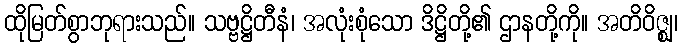
ထိုမြတ်စွာဘုရားသည်။ သဗ္ဗဋ္ဌိတီနံ၊ အလုံးစုံသော ဒိဋ္ဌိတို့၏ ဌာနတို့ကို။ အတိဝိဇ္ဈ၊